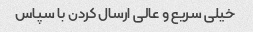
خیلی سریع و عالی ارسال کردن با سپاس